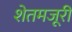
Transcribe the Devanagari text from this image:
शेतमजूरी